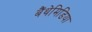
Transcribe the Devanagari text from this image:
बैंथेमिडिया